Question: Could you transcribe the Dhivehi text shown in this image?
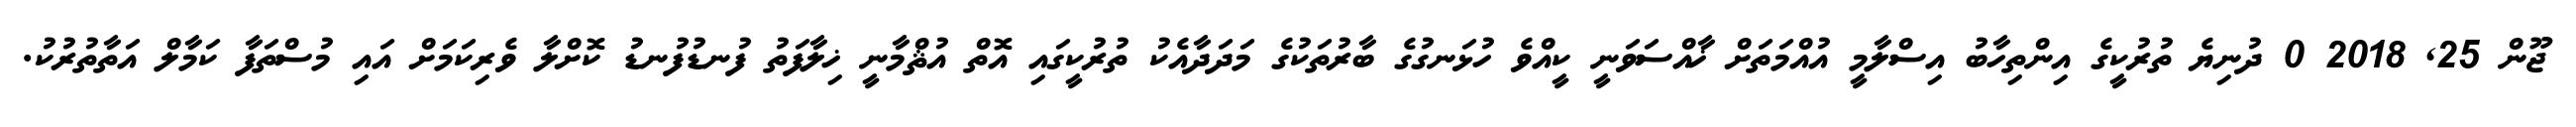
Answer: ޖޫން 25, 2018 0 ދުނިޔެ ތުރުކީގެ އިންތިހާބު އިސްލާމީ އުއްމަތަށް ޚާއްސަވަނީ ކީއްވެ ހުޅަނގުގެ ބާރުތަކުގެ މަދަދާއެކު ތުރުކީގައި އޮތް އުޘްމާނީ ޚިލާފަތު ފުނޑުފުނޑު ކޮށްލާ ވެރިކަމަށް އައި މުސްތަފާ ކަމާލް އަތާތުރުކު.